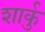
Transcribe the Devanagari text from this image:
शार्कु